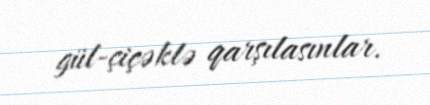
gül-çiçəklə qarşılasınlar.